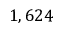
1 , 6 2 4